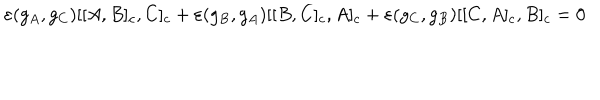
\varepsilon ( g _ { A } , g _ { C } ) [ [ A , B ] _ { c } , C ] _ { c } + \varepsilon ( g _ { B } , g _ { A } ) [ [ B , C ] _ { c } , A ] _ { c } + \varepsilon ( g _ { C } , g _ { B } ) [ [ C , A ] _ { c } , B ] _ { c } = 0